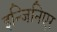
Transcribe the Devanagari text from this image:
इन्जिनिएर